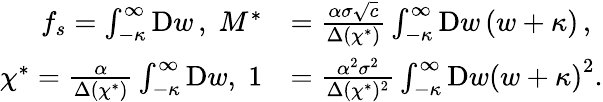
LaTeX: \begin{array}{rl}{f_{s}=\int_{-\kappa}^{\infty}\mathrm{D}w\, ,\; M^{*}}&{=\frac{\alpha\sigma\sqrt{c}}{\Delta(\chi^{*})}\int_{-\kappa}^{\infty}\mathrm{D}w\left(w+\kappa\right)\, ,}\\ {\chi^{*}=\frac{\alpha}{\Delta(\chi^{*})}\int_{-\kappa}^{\infty}\mathrm{D}w,\; 1}&{=\frac{\alpha^{2}\sigma^{2}}{\Delta(\chi^{*})^{2}}\int_{-\kappa}^{\infty}\mathrm{D}w\left(w+\kappa\right)^{2}.}\end{array}